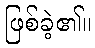
ဖြစ်ခဲ့၏။